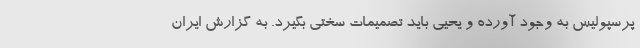
پرسپولیس به وجود آورده و یحیی باید تصمیمات سختی بگیرد. به گزارش ایران